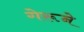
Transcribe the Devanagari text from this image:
गेरूने